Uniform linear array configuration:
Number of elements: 8
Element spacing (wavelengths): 1
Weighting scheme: uniform
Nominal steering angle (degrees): -30
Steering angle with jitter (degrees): -28.559
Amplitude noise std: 0.05
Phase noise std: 0.05

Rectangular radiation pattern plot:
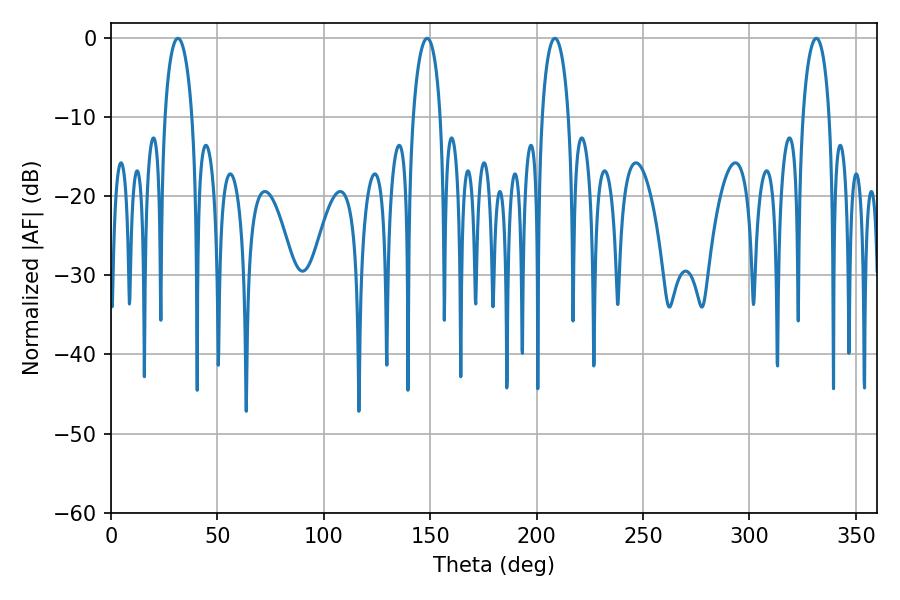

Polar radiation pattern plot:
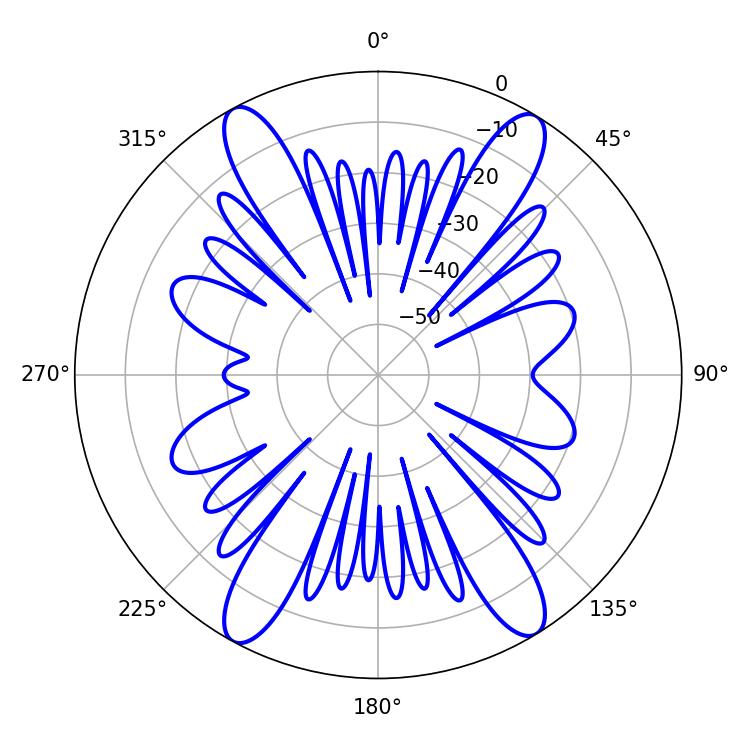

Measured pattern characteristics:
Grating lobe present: TRUE
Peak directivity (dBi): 22.35
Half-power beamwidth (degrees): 7.2
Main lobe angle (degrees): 208.62